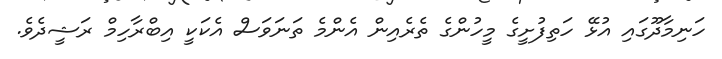
ހަނިމާދޫގައި އުޅޭ ހަތިފުށީގެ މީހުންގެ ތެރެއިން އެންމެ ތަނަވަަސް އެކަކީ އިބްރާހިމް ރަޝީދެވެ.